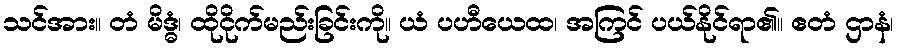
သင်အား။ တံ မိဒ္ဓံ၊ ထိုငိုက်မည်းခြင်းကို။ ယံ ပဟီယေထ၊ အကြင် ပယ်နိုင်ရာ၏။ ဧတံ ဌာနံ၊